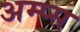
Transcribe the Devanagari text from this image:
अम्प्स